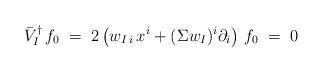
LaTeX: \begin{align*}\bar{V}_I^\dagger \, f_0 \;=\; 2\left( w_{I\,i} \, x^i + (\Sigma w_I)^i \partial_i \right) \, f_0 \;=\; 0\end{align*}